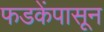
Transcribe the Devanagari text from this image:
फडकेंपासून